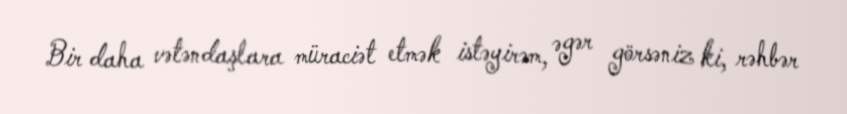
Bir daha vətəndaşlara müraciət etmək istəyirəm, əgər görsəniz ki, rəhbər